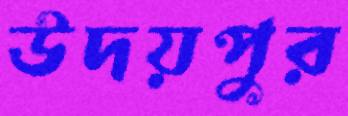
উদয়পুর